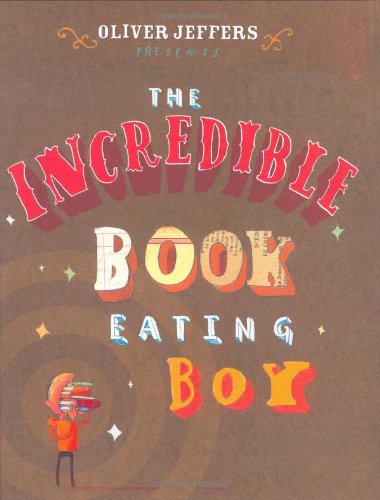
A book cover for The Incredible Book Eating Boy; Oliver Jeffers; Children's Books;